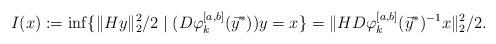
LaTeX: \begin{align*} I(x) := \inf \{\|Hy\|_2^2/2 \mid (D\varphi_k^{[a,b]}(\vec{y}^*))y = x\} = \|HD\varphi_k^{[a,b]}(\vec{y}^*)^{-1} x\|_2^2/2.\end{align*}